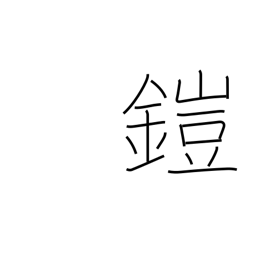
Meaning: put on armor